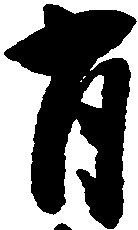
有